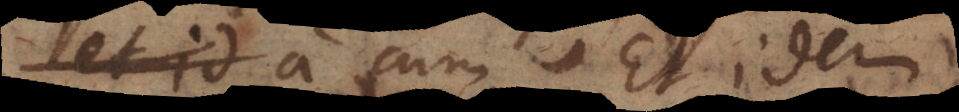
et id a cum. Et idem